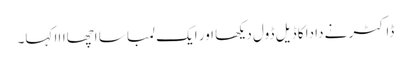
ڈاکٹر نے دادا کا ڈیل ڈول دیکھا اور ایک لمبا سا اچھاااا کہا۔